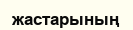
жастарының